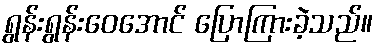
ရွန်းရွန်းဝေအောင် ပြောကြားခဲ့သည်။